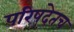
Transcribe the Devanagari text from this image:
परिषदेतच